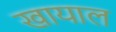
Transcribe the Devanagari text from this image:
खायाल